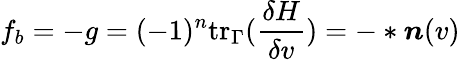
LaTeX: f_{b}=-g=(-1)^{n}\mathrm{tr}_{\Gamma}(\frac{\delta H}{\delta v})=-\ast\boldsymbol{n}(v)